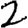
Digit: 2